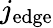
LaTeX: j_{\mathrm{edge}}